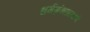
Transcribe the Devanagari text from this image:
धर्मग्रंथांप्रमाणे